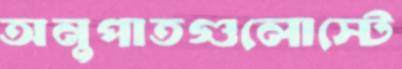
অনুপাতগুলোস্টে